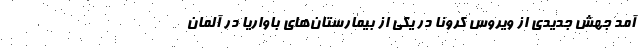
آمد جهش جدیدی از ویروس کرونا در یکی از بیمارستان‌های باواریا در آلمان